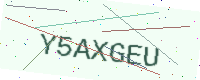
Text: Y5AXGEU